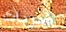
ضربات